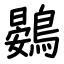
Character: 鷃